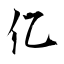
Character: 亿